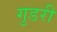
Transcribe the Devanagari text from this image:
गुडरी